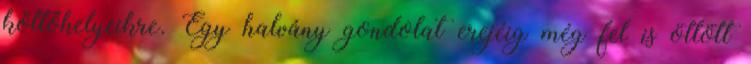
költőhelyeikre. Egy halvány gondolat erejéig még fel is ötlött